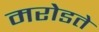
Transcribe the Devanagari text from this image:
मरोडते